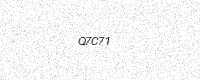
Text: Q7C71